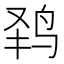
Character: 𱉟